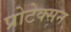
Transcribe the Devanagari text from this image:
प्रोटेक्सन